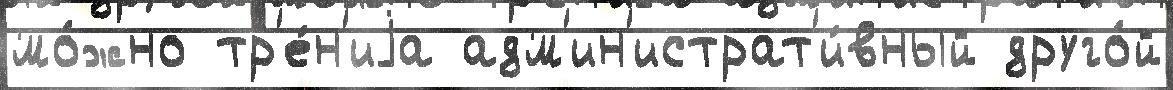
мо́жно тр'е́н'иjа адм'ин'истрат'и́вный друго́й